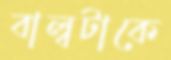
বাল্বটাকে